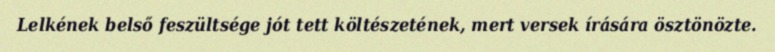
Lelkének belső feszültsége jót tett költészetének, mert versek írására ösztönözte.